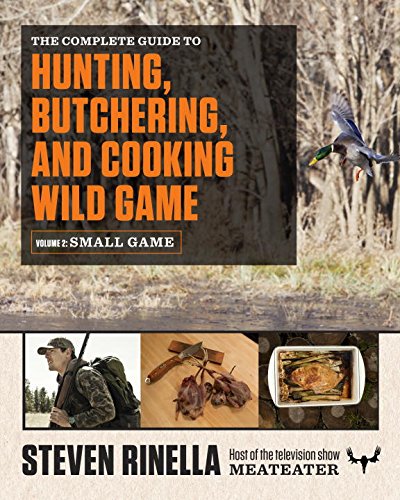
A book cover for The Complete Guide to Hunting, Butchering, and Cooking Wild Game: Volume 2: Small Game and Fowl; Steven Rinella; Cookbooks, Food & Wine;